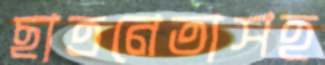
ছাত্রনেতাসহ